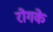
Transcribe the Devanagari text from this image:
रोगके